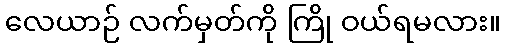
လေယာဉ် လက်မှတ်ကို ကြို ဝယ်ရမလား။